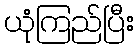
ယုံကြည်ပြီး